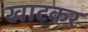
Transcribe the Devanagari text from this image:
खाटकर